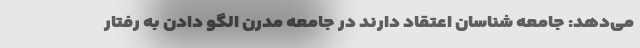
می‌دهد: جامعه شناسان اعتقاد دارند در جامعه مدرن الگو دادن به رفتار